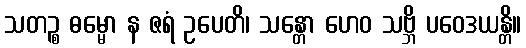
သတဉ္စ ဓမ္မော န ဇရံ ဥပေတိ၊ သန္တော ဟေဝ သဗ္ဘိ ပဝေဒယန္တိ။